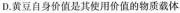
D.黄豆自身价值是其使用价值的物质载体